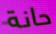
حانة